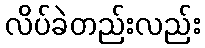
လိပ်ခဲတည်းလည်း